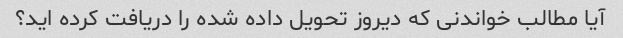
آیا مطالب خواندنی که دیروز تحویل داده شده را دریافت کرده اید؟